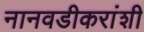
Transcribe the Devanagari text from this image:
नानवडीकरांशी